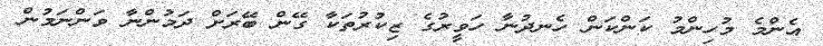
އެންމެ މުހިންމު ކަންކަން ހެނދުނާ ހަވީރުގެ ޒިކުރުތަކާ ގޭން ބޭރަށް ދަމުންނާ ވަންނަމުން